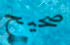
صحيح